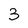
Character: 3